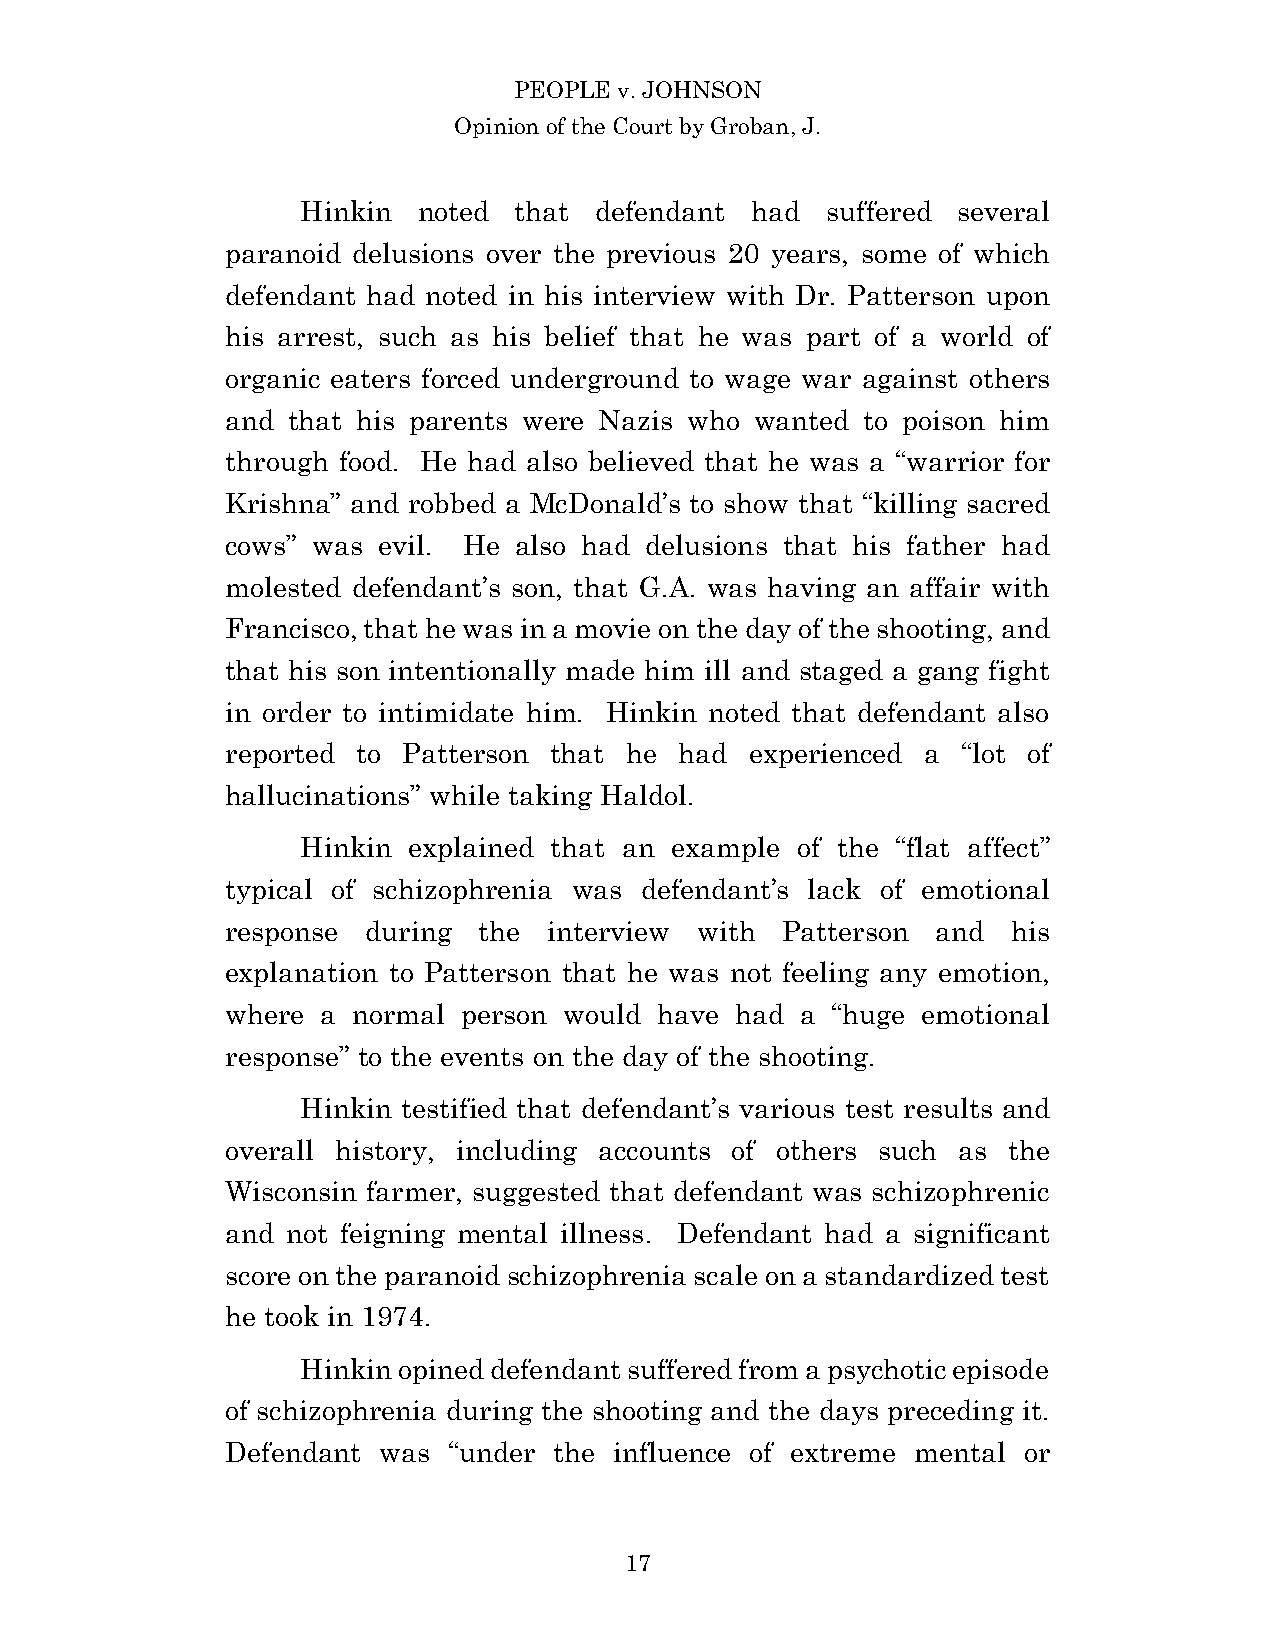
PEOPLE v. JOHNSON
 Opinion of the Court by Groban, J.
 Hinkin  noted that defendant  had  suffered several
 paranoid delusions over the previous 20 years, some of which
 defendant had noted in his interview with Dr. Patterson upon
 his arrest, such as his belief that he was part of a world of
 organic eaters forced underground to wage war against others
 and that his parents were Nazis who wanted to poison him
 through food. He had also believed that he was a “warrior for
 Krishna” and robbed a McDonald’s to show that “killing sacred
 cows” was evil. He also had delusions that his father had
 molested defendant’s son, that G.A. was having an affair with
 Francisco, that he was in a movie on the day of the shooting, and
 that his son intentionally made him ill and staged a gang fight
 in order to intimidate him. Hinkin noted that defendant also
 reported to Patterson that he had  experienced a “lot of
 hallucinations” while taking Haldol.
 Hinkin explained that an example of the “flat affect”
 typical of schizophrenia was defendant’s lack of emotional
 response during  the interview with  Patterson and  his
 explanation to Patterson that he was not feeling any emotion,
 where a normal  person would have had a “huge emotional
 response” to the events on the day of the shooting.
 Hinkin testified that defendant’s various test results and
 overall history, including accounts of others such as the
 Wisconsin farmer, suggested that defendant was schizophrenic
 and not feigning mental illness. Defendant had a significant
 score on the paranoid schizophrenia scale on a standardized test
 he took in 1974.
 Hinkin opined defendant suffered from a psychotic episode
 of schizophrenia during the shooting and the days preceding it.
 Defendant was  “under the influence of extreme mental or
 1 7